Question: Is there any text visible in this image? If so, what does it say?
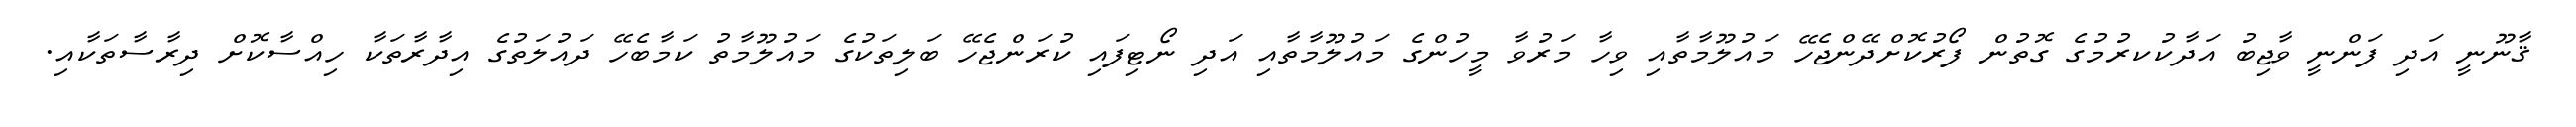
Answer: ޤާނޫނީ އަދި ފަންނީ ވާޖިބު އަދާކުކރުމުގެ ގޮތުން ފޯރުކޮށްދޭންޖެހޭ މައުލޫމާތާއި ވިހާ މަރުވާ މީހުންގެ މައުލޫމާތާއި އަދި ނޯޓިފައި ކުރަންޖެހޭ ބަލިތަކުގެ މައުލޫމާތު ކަމާބެހޭ ދައުލަތުގެ އިދާރާތަކާ ހިއްސާކޮށް ދިރާސާތަކާއި.